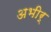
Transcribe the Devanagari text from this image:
अभीर्